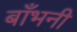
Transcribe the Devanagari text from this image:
बाँभनी